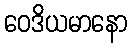
ဝေဒိယမာနော